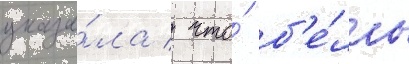
указа́ла / что́ б'е́лль